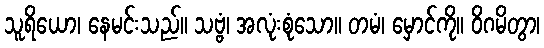
သူရိယော၊ နေမင်းသည်။ သဗ္ဗံ၊ အလုံးစုံသော။ တမံ၊ မှောင်ကို။ ဝိဂမိတွာ၊